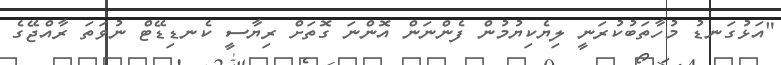
"އަޅުގަނޑު މުހާތަބުކުރަނީ ލިޔެކިޔުމުން ފެންނަން އޮންނަ ގޮތަށް ރިޔާސީ ކެނޑިޑޭޓް ނުވަތަ ރާއްޖޭގެ